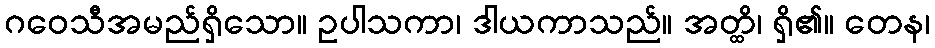
ဂဝေသီအမည်ရှိသော။ ဥပါသကာ၊ ဒါယကာသည်။ အတ္ထိ၊ ရှိ၏။ တေန၊